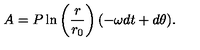
A = P \ln \left( \frac { r } { r _ { 0 } } \right) ( - \omega d t + d \theta ) .